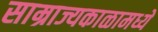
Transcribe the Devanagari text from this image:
साम्राज्यकाळामध्ये